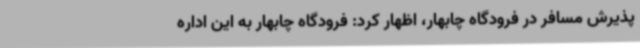
پذیرش مسافر در فرودگاه چابهار، اظهار کرد: فرودگاه چابهار به این اداره